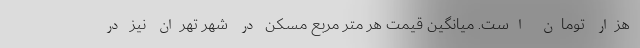
هزار تومان است. میانگین قیمت هر متر مربع مسکن در شهر تهران نیز در